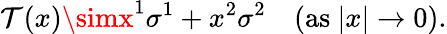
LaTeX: \mathcal{T}(x)\simx^{1}\sigma^{1}+x^{2}\sigma^{2}\quad(\mathrm{{as~}}|x|\rightarrow0).